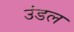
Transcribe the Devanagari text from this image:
उंडल